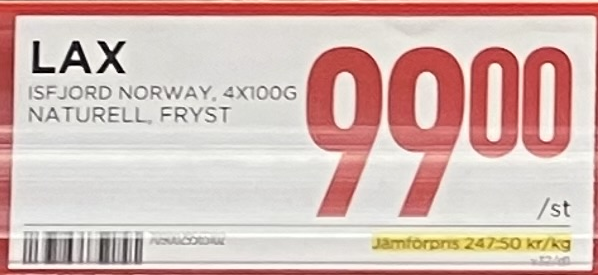
Vara: Lax
Genomsnittspris: 247.5 per kg